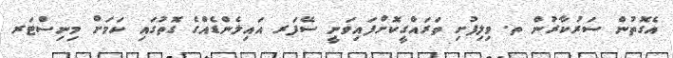
އެގޮތުން ސަރުކާރުން ތ. ވިލިފުށި ތަރައްގީކޮށްފައިވަނީ ސޭފަރ އައިލެންޑެއްގެ ގޮތުގައި ކަމަށް މިނިސްޓަރ